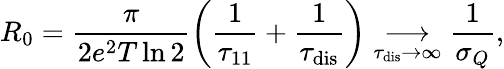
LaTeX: R_{0}=\frac{\pi}{2e^{2}T\ln 2}\left(\frac{1}{\tau_{11}}+\frac{1}{\tau_{\mathrm{dis}}}\right)\underset{\tau_{\mathrm{dis}}\rightarrow\infty}{\longrightarrow}\frac{1}{\sigma_{Q}},